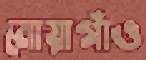
মোয়াগাঁও